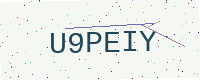
Text: U9PEIY